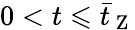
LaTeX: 0<t\leqslant\bar{t}_{\mathrm{~Z~}}